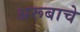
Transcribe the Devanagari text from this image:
अरूबाचे